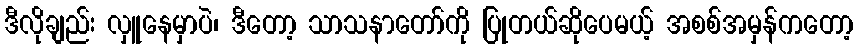
ဒီလိုချည်း လှူနေမှာပဲ၊ ဒီတော့ သာသနာတော်ကို ပြုတယ်ဆိုပေမယ့် အစစ်အမှန်ကတော့